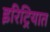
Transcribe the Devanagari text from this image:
इरिट्रियात